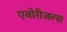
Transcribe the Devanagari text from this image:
एबोरीजल्स